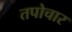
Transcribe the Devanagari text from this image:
तपोचार